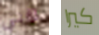
نغني كيرا